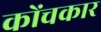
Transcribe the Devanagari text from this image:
कोंचकार